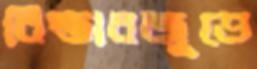
বিস্তারজুড়ে